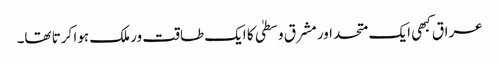
عراق کبھی ایک متحد اور مشرق وسطیٰ کا ایک طاقت ور ملک ہوا کرتا تھا۔